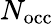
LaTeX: N_{\mathrm{occ}}